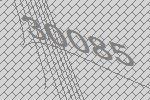
30085